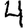
Digit: 4